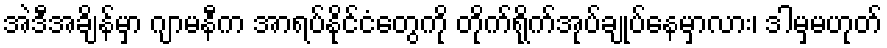
အဲဒီအချိန်မှာ ဂျာမနီက အာရပ်နိုင်ငံတွေကို တိုက်ရိုက်အုပ်ချုပ်နေမှာလား၊ ဒါမှမဟုတ်